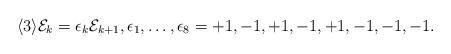
LaTeX: \begin{align*} \langle 3\rangle \mathcal{E}_k = \epsilon_k \mathcal{E}_{k+1}, \epsilon_1, \dots, \epsilon_8 = +1,-1,+1,-1,+1,-1,-1,-1.\end{align*}